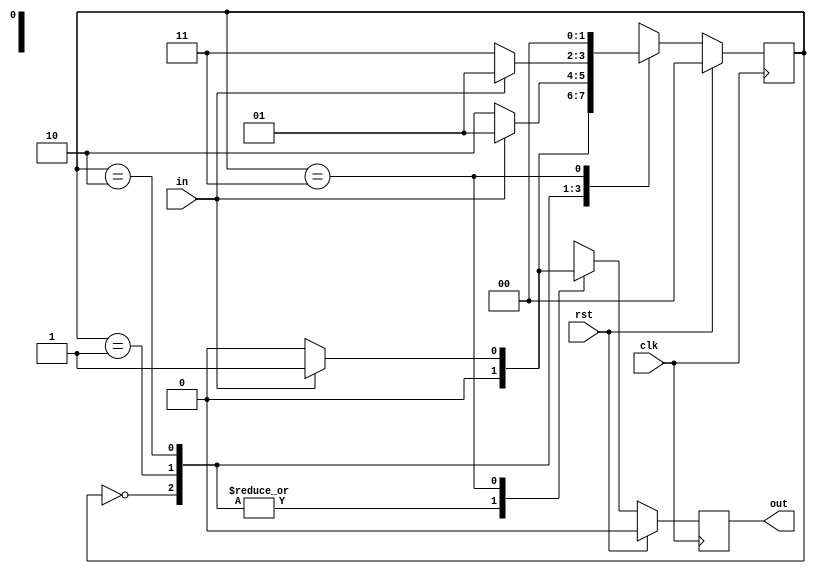
//FSM coding style - 3
/*
1.there are three always blocks used in this coding style of fsm
2.coding FSM with registered outputs eliminate combinational output logic.
3.coding FSM with registered outputs will ensure that the output will be glitch free
*/

//Example-1001 mealy sequence dectector
module _1001detector(input clk,rst,input in,output reg out);
  parameter s0=2'b00,
            s1=2'b01,
            s2=2'b10,
            s3=2'b11;
  reg [1:0]pstate,nstate;
  
  //present state sequential block
  always @(posedge clk)
    begin
      if(rst)
        pstate<=s0;
      else
        pstate<=nstate;
    end
  //next state combinational always block
  always@(*)
    begin
      case(pstate)
        s0:
          begin
            if(in)
              nstate=s1;
            else
              nstate=s0;
          end
        s1:
          begin
            if(!in)
              nstate=s2;
            else
              nstate=s1;
          end
        s2:
          begin
            if(!in)
              nstate=s3;
            else
              nstate=s1;
          end
        s3:
          begin
            if(in)
              nstate=s0;
            else
              nstate=s0;
          end
        default: nstate=s0;
      endcase
    end
  //Registered outputs sequential always block
  always@(posedge clk)
    begin
      if(rst)
        out<=1'b0;
      else
        begin
          case(pstate)
            s0:out<=1'b0;
            s1:out<=1'b0;
            s2:out<=1'b0;
            s3:
              begin
                if(in)
                  out<=1'b1;
                else
                  out<=1'b0;
              end
            default:out<=1'b0;
          endcase
        end
    end
endmodule